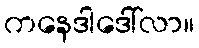
ကနေဒါဒေါ်လာ။